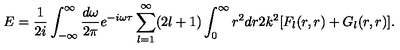
E = { \frac { 1 } { 2 i } } \int _ { - \infty } ^ { \infty } { \frac { d \omega } { 2 \pi } } e ^ { - i \omega \tau } \sum _ { l = 1 } ^ { \infty } ( 2 l + 1 ) \int _ { 0 } ^ { \infty } r ^ { 2 } d r 2 k ^ { 2 } [ F _ { l } ( r , r ) + G _ { l } ( r , r ) ] .